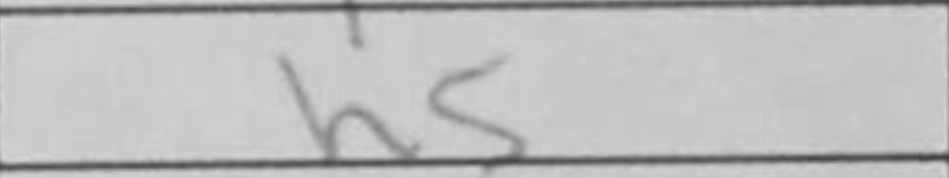
Transcription: h5